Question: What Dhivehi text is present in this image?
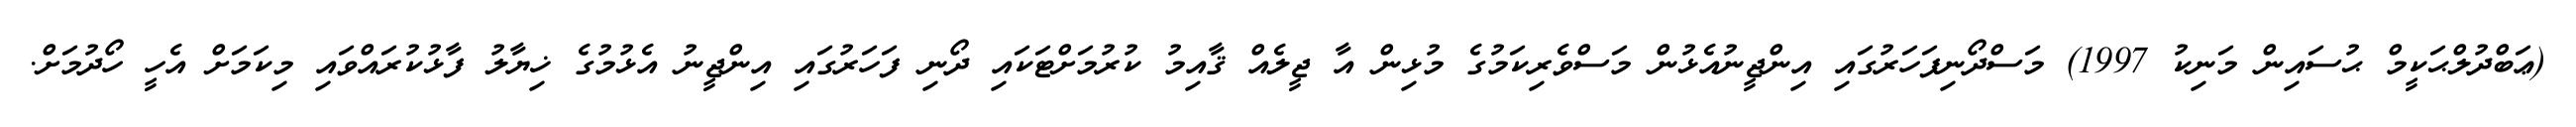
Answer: (ޢަބްދުލްޙަކީމް ޙުސައިން މަނިކު 1997) މަސްދޯނިފަހަރުގައި އިންޖީނުއެޅުން މަސްވެރިކަމުގެ މުޅިން އާ ޖީލެއް ޤާއިމު ކުރުމަށްޓަކައި ދޯނި ފަހަރުގައި އިންޖީނު އެޅުމުގެ ޚިޔާލު ފާޅުކުރައްވައި މިކަމަށް އެހީ ހޯދުމަށް.